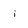
Character: i